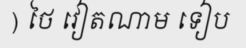
) ថៃ វៀតណាម ទៀប